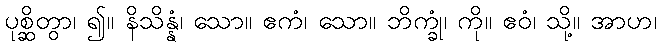
ပုစ္ဆိတွာ၊ ၍။ နိသိန္နံ၊ သော။ ဧကံ၊ သော။ ဘိက္ခုံ၊ ကို။ ဧဝံ၊ သို့။ အာဟ၊